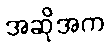
အဆိုအက